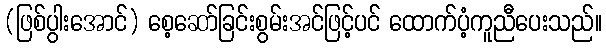
(ဖြစ်ပွါးအောင်) စေ့ဆော်ခြင်းစွမ်းအင်ဖြင့်ပင် ထောက်ပံ့ကူညီပေးသည်။